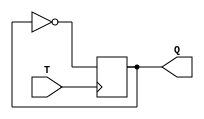
//
// Module: T_FF
// 
// This code is used for "Clock Divider"
//
`resetall
`timescale 1ns/1ns
module T_FF ( T, Q );
	// Input/Output Signal
	input  wire T;
	output wire Q;
	// Internal Signal
	reg TMP;
	
	initial TMP <= 0;
	
	always @( posedge T )
		begin
			TMP <= ~TMP;
		end
	
	assign Q = TMP;
endmodule